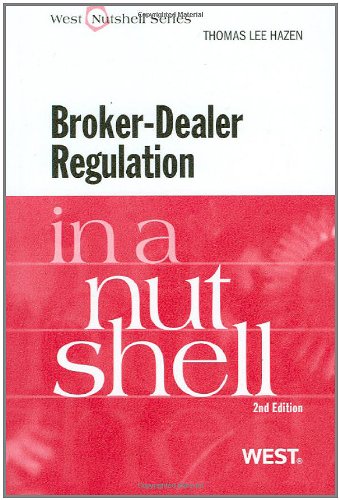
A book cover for Broker-Dealer Regulation in a Nutshell; Thomas Hazen; Law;